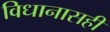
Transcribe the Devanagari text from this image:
विधानासही